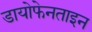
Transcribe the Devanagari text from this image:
डायोफेनताइन